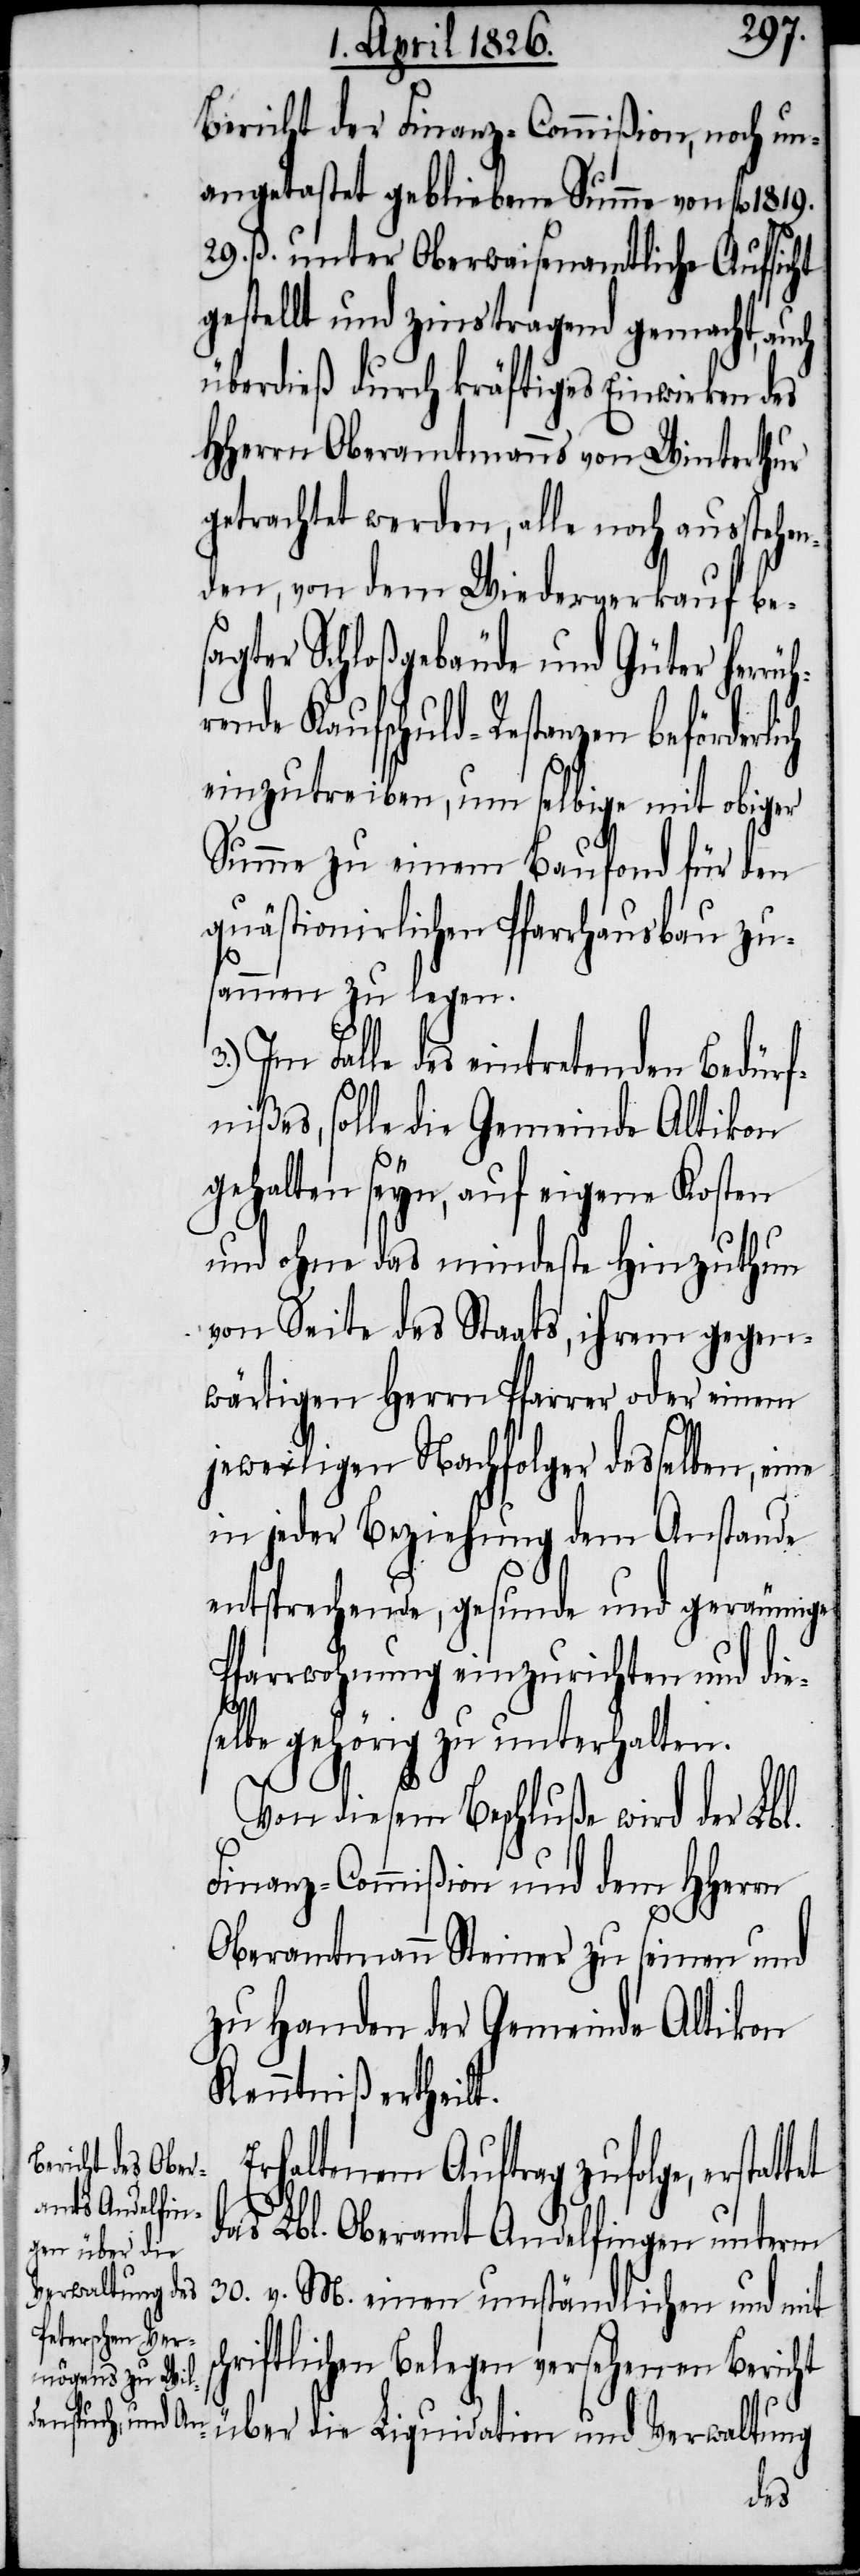
sc¬

Bericht der Finanz-Commißion, noch un¬
angetastet gebliebene Summe von fl. 1819.
29. ß. unter Oberwaisenamtliche Aufsicht
gestellt und zinstragend gemacht, auch
überdieß durch kräftiges Einwirken des
HHerrn Oberamtmanns von Winterthur
getrachtet werden, alle noch ausstehe¬
nden, von dem Wiederverkauf bes¬
agter Schloßgebäude und Güter herrü¬
ende Kaufschuld-Restanzen beförderlich
einzutreiben, um selbige mit obiger
Summe zu einem Baufond für den
quästionirlichen Pfarrhausbau zu¬
sammen zu legen.
Im Falle des eintretenden Bedürf¬
nißes, solle die Gemeinde Altikon
gehalten seyn, auf eigene Kosten
und ohne das mindeste Hinzuthun
von Seite des Staats ihrem gegen¬
wärtigen Herrn Pfarrer oder einem
jeweiligen Nachfolger desselben, eine
in jeder Beziehung dem Anstande
entsprechende, gesunde und geräumige
Pfarrwohnung einzurichten und die¬
selbe gehörig zu unterhalten.
Von diesem Beschluße wird der Lbl.
Finanz-Commißion und dem HHerrn
hr¬
Oberamtmann Steiner zu seinen und
zu Handen der Gemeinde Altikon
Kenntniß ertheilt.
Erhaltenem Auftrag zufolge, erstat¬
das Lbl. Oberamt Andelfingen unterm
30. v. M. einen umständlichen und mit
hriftlichen Belegen versehenen Bericht
über die Liquidation und Verwaltung